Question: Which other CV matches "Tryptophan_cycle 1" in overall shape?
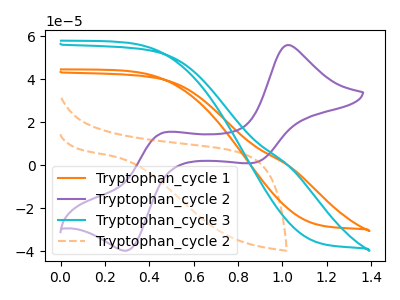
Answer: <think>The orange curve "Tryptophan_cycle 1" has no peaks. The purple curve "Tryptophan_cycle 2" has anodic peaks at (1.05V, 55.95uA) (0.45V, 15.10uA) and cathodic peaks at (0.85V, 1.15uA) (0.30V, -39.80uA). The cyan curve "Tryptophan_cycle 3" has no peaks. The orange dashed curve "Tryptophan_cycle 2" has no peaks.
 "Tryptophan_cycle 1" and "Tryptophan_cycle 2" have a different number of peaks. Neither "Tryptophan_cycle 1" or "Tryptophan_cycle 3" have any peaks. Neither "Tryptophan_cycle 1" or "Tryptophan_cycle 2" have any peaks. "Tryptophan_cycle 2" and "Tryptophan_cycle 3" have a different number of peaks. "Tryptophan_cycle 2" and "Tryptophan_cycle 2" have a different number of peaks. Neither "Tryptophan_cycle 3" or "Tryptophan_cycle 2" have any peaks.</think>
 <answer>"Tryptophan_cycle 1" and "Tryptophan_cycle 2" have a similar shape to "Tryptophan_cycle 3".</answer>
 <eval>"Tryptophan_cycle 1" "Tryptophan_cycle 2"</eval>